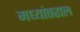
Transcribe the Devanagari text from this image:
मध्यांतराल